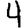
Digit: 4